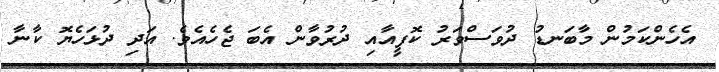
އެހެންކަމުން މާބަނޑު ދުވަސްވަރު ކޮފީއާއި ދުރުވާން އެބަ ޖެހެއެވެ. އަދި ދުޅަހެޔޮ ކާނާ